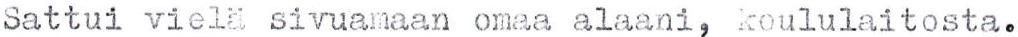
Sattui vielä sivuamaan omaa alaani, koululaitosta.